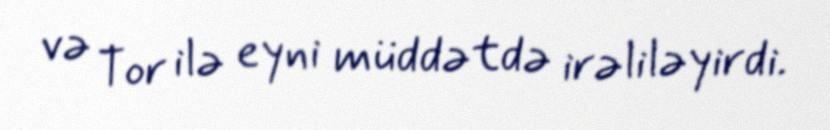
və Tor ilə eyni müddətdə irəliləyirdi.